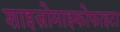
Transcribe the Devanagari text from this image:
शाइज़ोमाइकोफाइटा